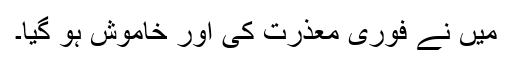
میں نے فوری معذرت کی اور خاموش ہو گیا۔